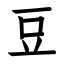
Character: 豆